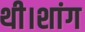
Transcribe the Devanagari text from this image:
थी।शांग